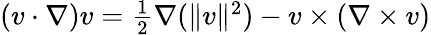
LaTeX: \begin{array}{r}{(v\cdot\nabla)v=\frac{1}{2}\nabla(\| v\| ^{2})-v\times(\nabla\times v)}\end{array}